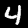
Digit: 4